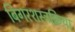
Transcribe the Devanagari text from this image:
बिगरशस्त्रक्रिया